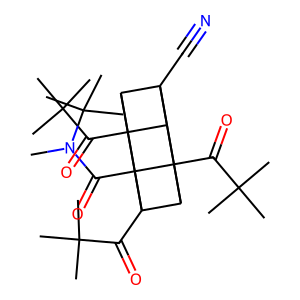
SMILES: CN(C(=O)C12C3(C(=O)C(C)(C)C)C4C5(C#N)C3C1(C(=O)C(C)(C)C)C5C42C(=O)C(C)(C)C)C(C)(C)C
Inhibits HIV replication: No